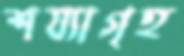
শয্যাগৃহ